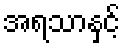
အရသာနှင့်